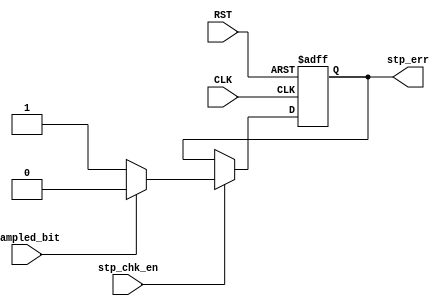
module stp_check (input wire CLK,
                  input wire RST,
                  input wire stp_chk_en,
                  input wire sampled_bit,

                  output reg stp_err);
    
    always @(posedge CLK or negedge RST) begin
        if (!RST)
            stp_err <= 1'b0;
        else if (stp_chk_en) begin
            if (sampled_bit)
                stp_err <= 1'b0;
            else
                stp_err <= 1'b1;
        end
    end
            
endmodule